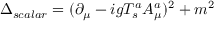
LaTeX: \Delta _ { s c a l a r } = ( \partial _ { \mu } - i g T _ { s } ^ { a } A _ { \mu } ^ { a } ) ^ { 2 } + m ^ { 2 }